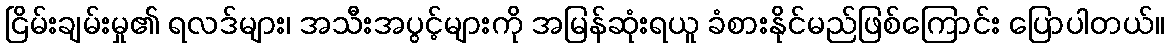
ငြိမ်းချမ်းမှု၏ ရလဒ်များ၊ အသီးအပွင့်များကို အမြန်ဆုံးရယူ ခံစားနိုင်မည်ဖြစ်ကြောင်း ပြောပါတယ်။